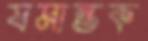
যমান্তক